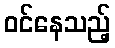
ဝင်နေသည့်